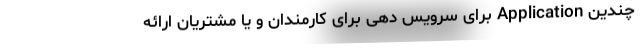
چندین Application برای سرویس دهی برای کارمندان و یا مشتریان ارائه